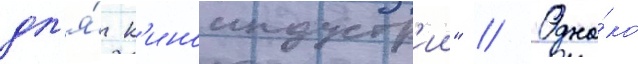
дл'я́ к'иноиндустр'ии" // Одна́ко